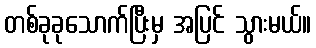
တစ်ခုခုသောက်ပြီးမှ အပြင် သွားမယ်။